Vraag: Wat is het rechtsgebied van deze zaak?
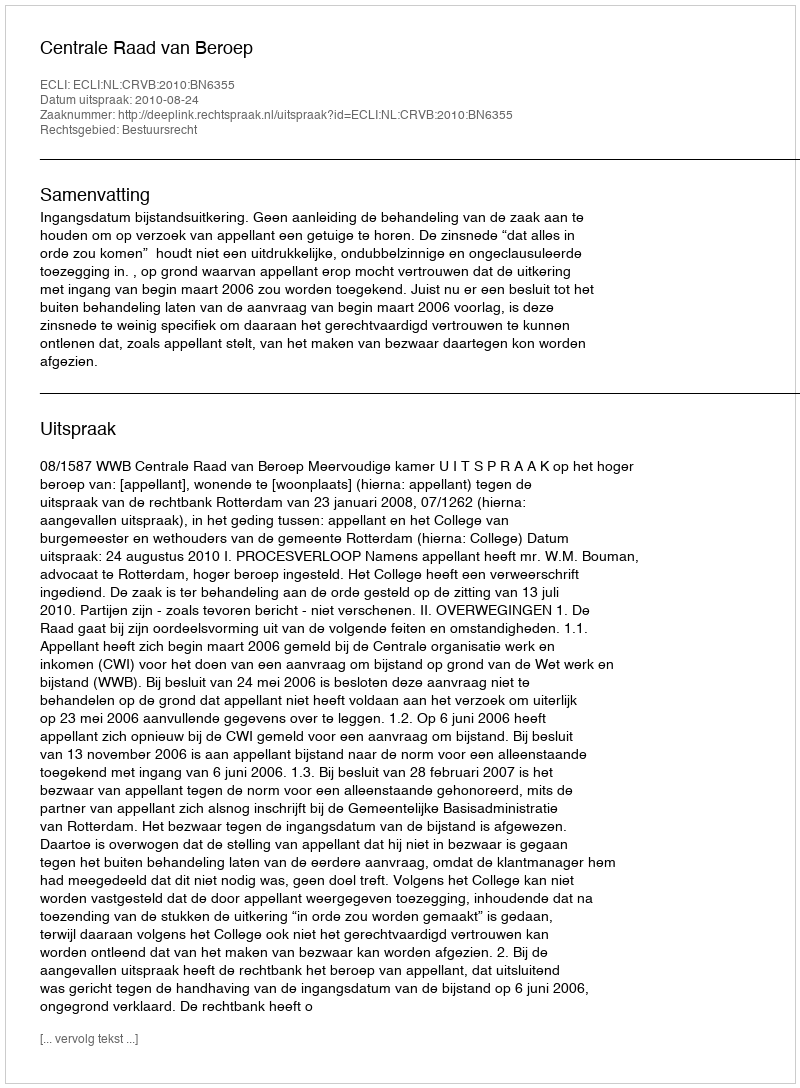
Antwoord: Bestuursrecht